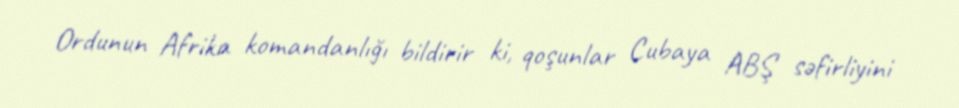
Ordunun Afrika komandanlığı bildirir ki, qoşunlar Cubaya ABŞ səfirliyini